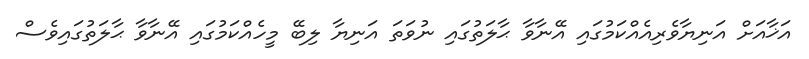
އަޚާއަށް އަނިޔާވެރިއެއްކަމުގައި އޭނާވާ ޙާލަތުގައި ނުވަތަ އަނިޔާ ލިބޭ މީހެއްކަމުގައި އޭނާވާ ޙާލަތުގައިވެސް